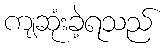
ကျဆုံးခဲ့ရသည်